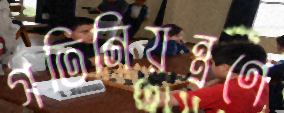
গতিনিয়ন্ত্রণে